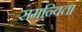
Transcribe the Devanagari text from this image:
समन्वित।